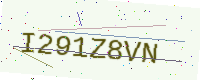
Text: I291Z8VN